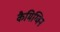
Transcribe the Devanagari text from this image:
कैमिग्विन